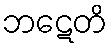
ဘဋေတိ